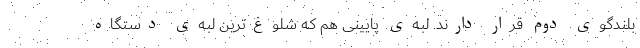
بلندگوی دوم قرار دارند. لبه‌ی پایینی هم که شلوغ‌ترین لبه‌ی دستگاه